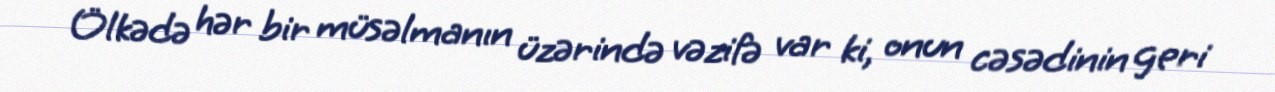
Ölkədə hər bir müsəlmanın üzərində vəzifə var ki, onun cəsədinin geri